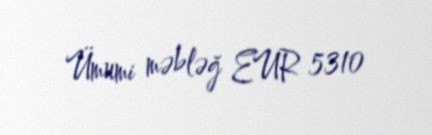
Ümumi məbləğ EUR 5310